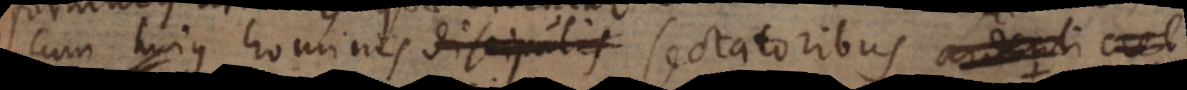
cum hujus hominis discipulis sectatoribus crebra